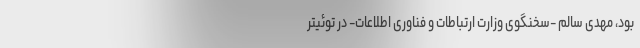
بود، مهدی سالم -سخنگوی وزارت ارتباطات و فناوری اطلاعات- در توئیتر